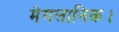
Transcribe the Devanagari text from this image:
मेगलानिक।